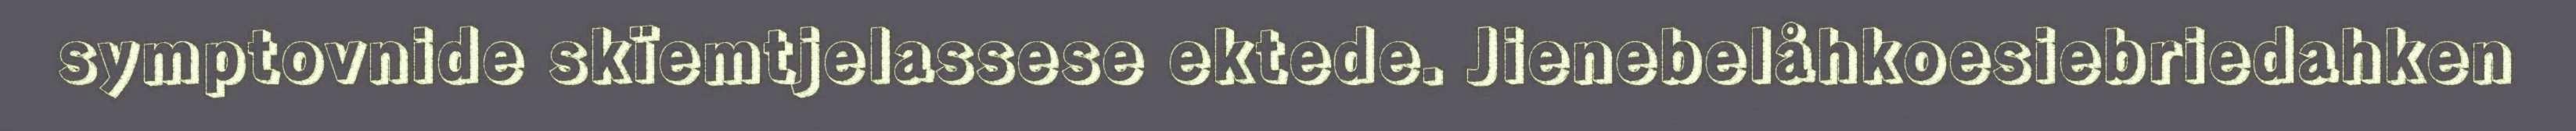
symptovnide skïemtjelassese ektede. Jienebelåhkoesiebriedahken